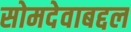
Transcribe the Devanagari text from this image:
सोमदेवाबद्दल